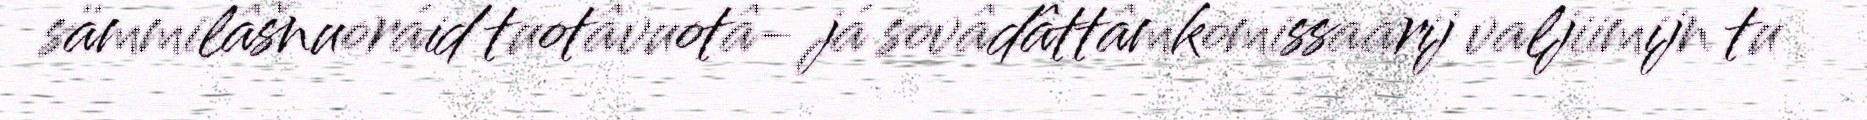
sämmilâšnuoráid tuotâvuotâ- já sovâdâttâmkomissaarij valjiimijn tu